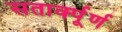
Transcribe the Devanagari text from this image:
सतार्क्पूर्ण